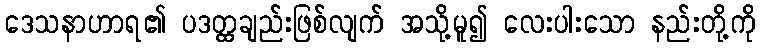
ဒေသနာဟာရ၏ ပဒတ္ထချည်းဖြစ်လျက် အသို့မူ၍ လေးပါးသော နည်းတို့ကို